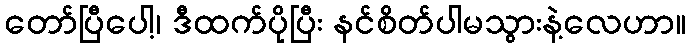
တော်ပြီပေါ့၊ ဒီထက်ပိုပြီး နင်စိတ်ပါမသွားနဲ့လေဟာ။